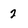
Character: 2